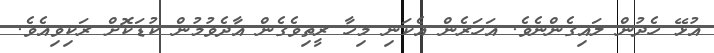
އުޅޭ ހެދުން ލައިގެންނެވެ. އަހަރެން އެކަނި މިހާ ރީތިވެގެން އާދެވުމުން ކުޑަކޮށް ރަކިވިއެވެ.